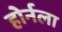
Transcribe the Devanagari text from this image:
होर्नला